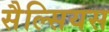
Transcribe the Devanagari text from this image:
सैल्सियस